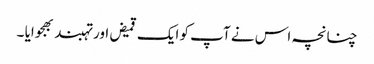
چنانچہ اس نے آپ کو ایک قمیض اور تہبند بھجوایا ۔